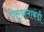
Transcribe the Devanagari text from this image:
पिलुवालाकंडी